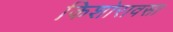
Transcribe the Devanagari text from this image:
किशोरावसा